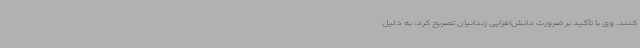
کنند. وی با تأکید بر ضرورت دانش‌افزایی زندانیان تصریح کرد: به دلیل